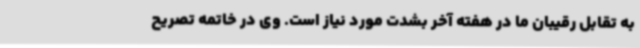
به تقابل رقیبان ما در هفته آخر بشدت مورد نیاز است. وی در خاتمه تصریح